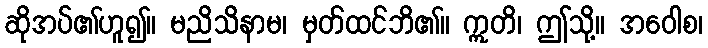
ဆိုအပ်၏ဟူ၍။ မညိသိနာမ၊ မှတ်ထင်ဘိ၏။ ဣတိ၊ ဤသို့။ အဝေါစ၊